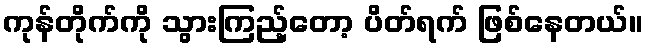
ကုန်တိုက်ကို သွားကြည့်တော့ ပိတ်ရက် ဖြစ်နေတယ်။